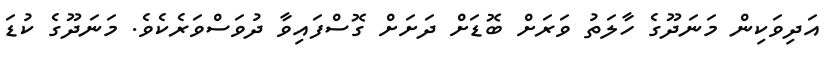
އަދިވަކިން މަނަދޫގެ ހާލަތު ވަރަށް ބޮޑަށް ދަށަށް ގޮސްފައިވާ ދުވަސްވަރެކެވެ. މަނަދޫގެ ކުޑަ